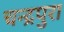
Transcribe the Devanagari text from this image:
चन्द्रपुरा